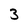
Character: 3